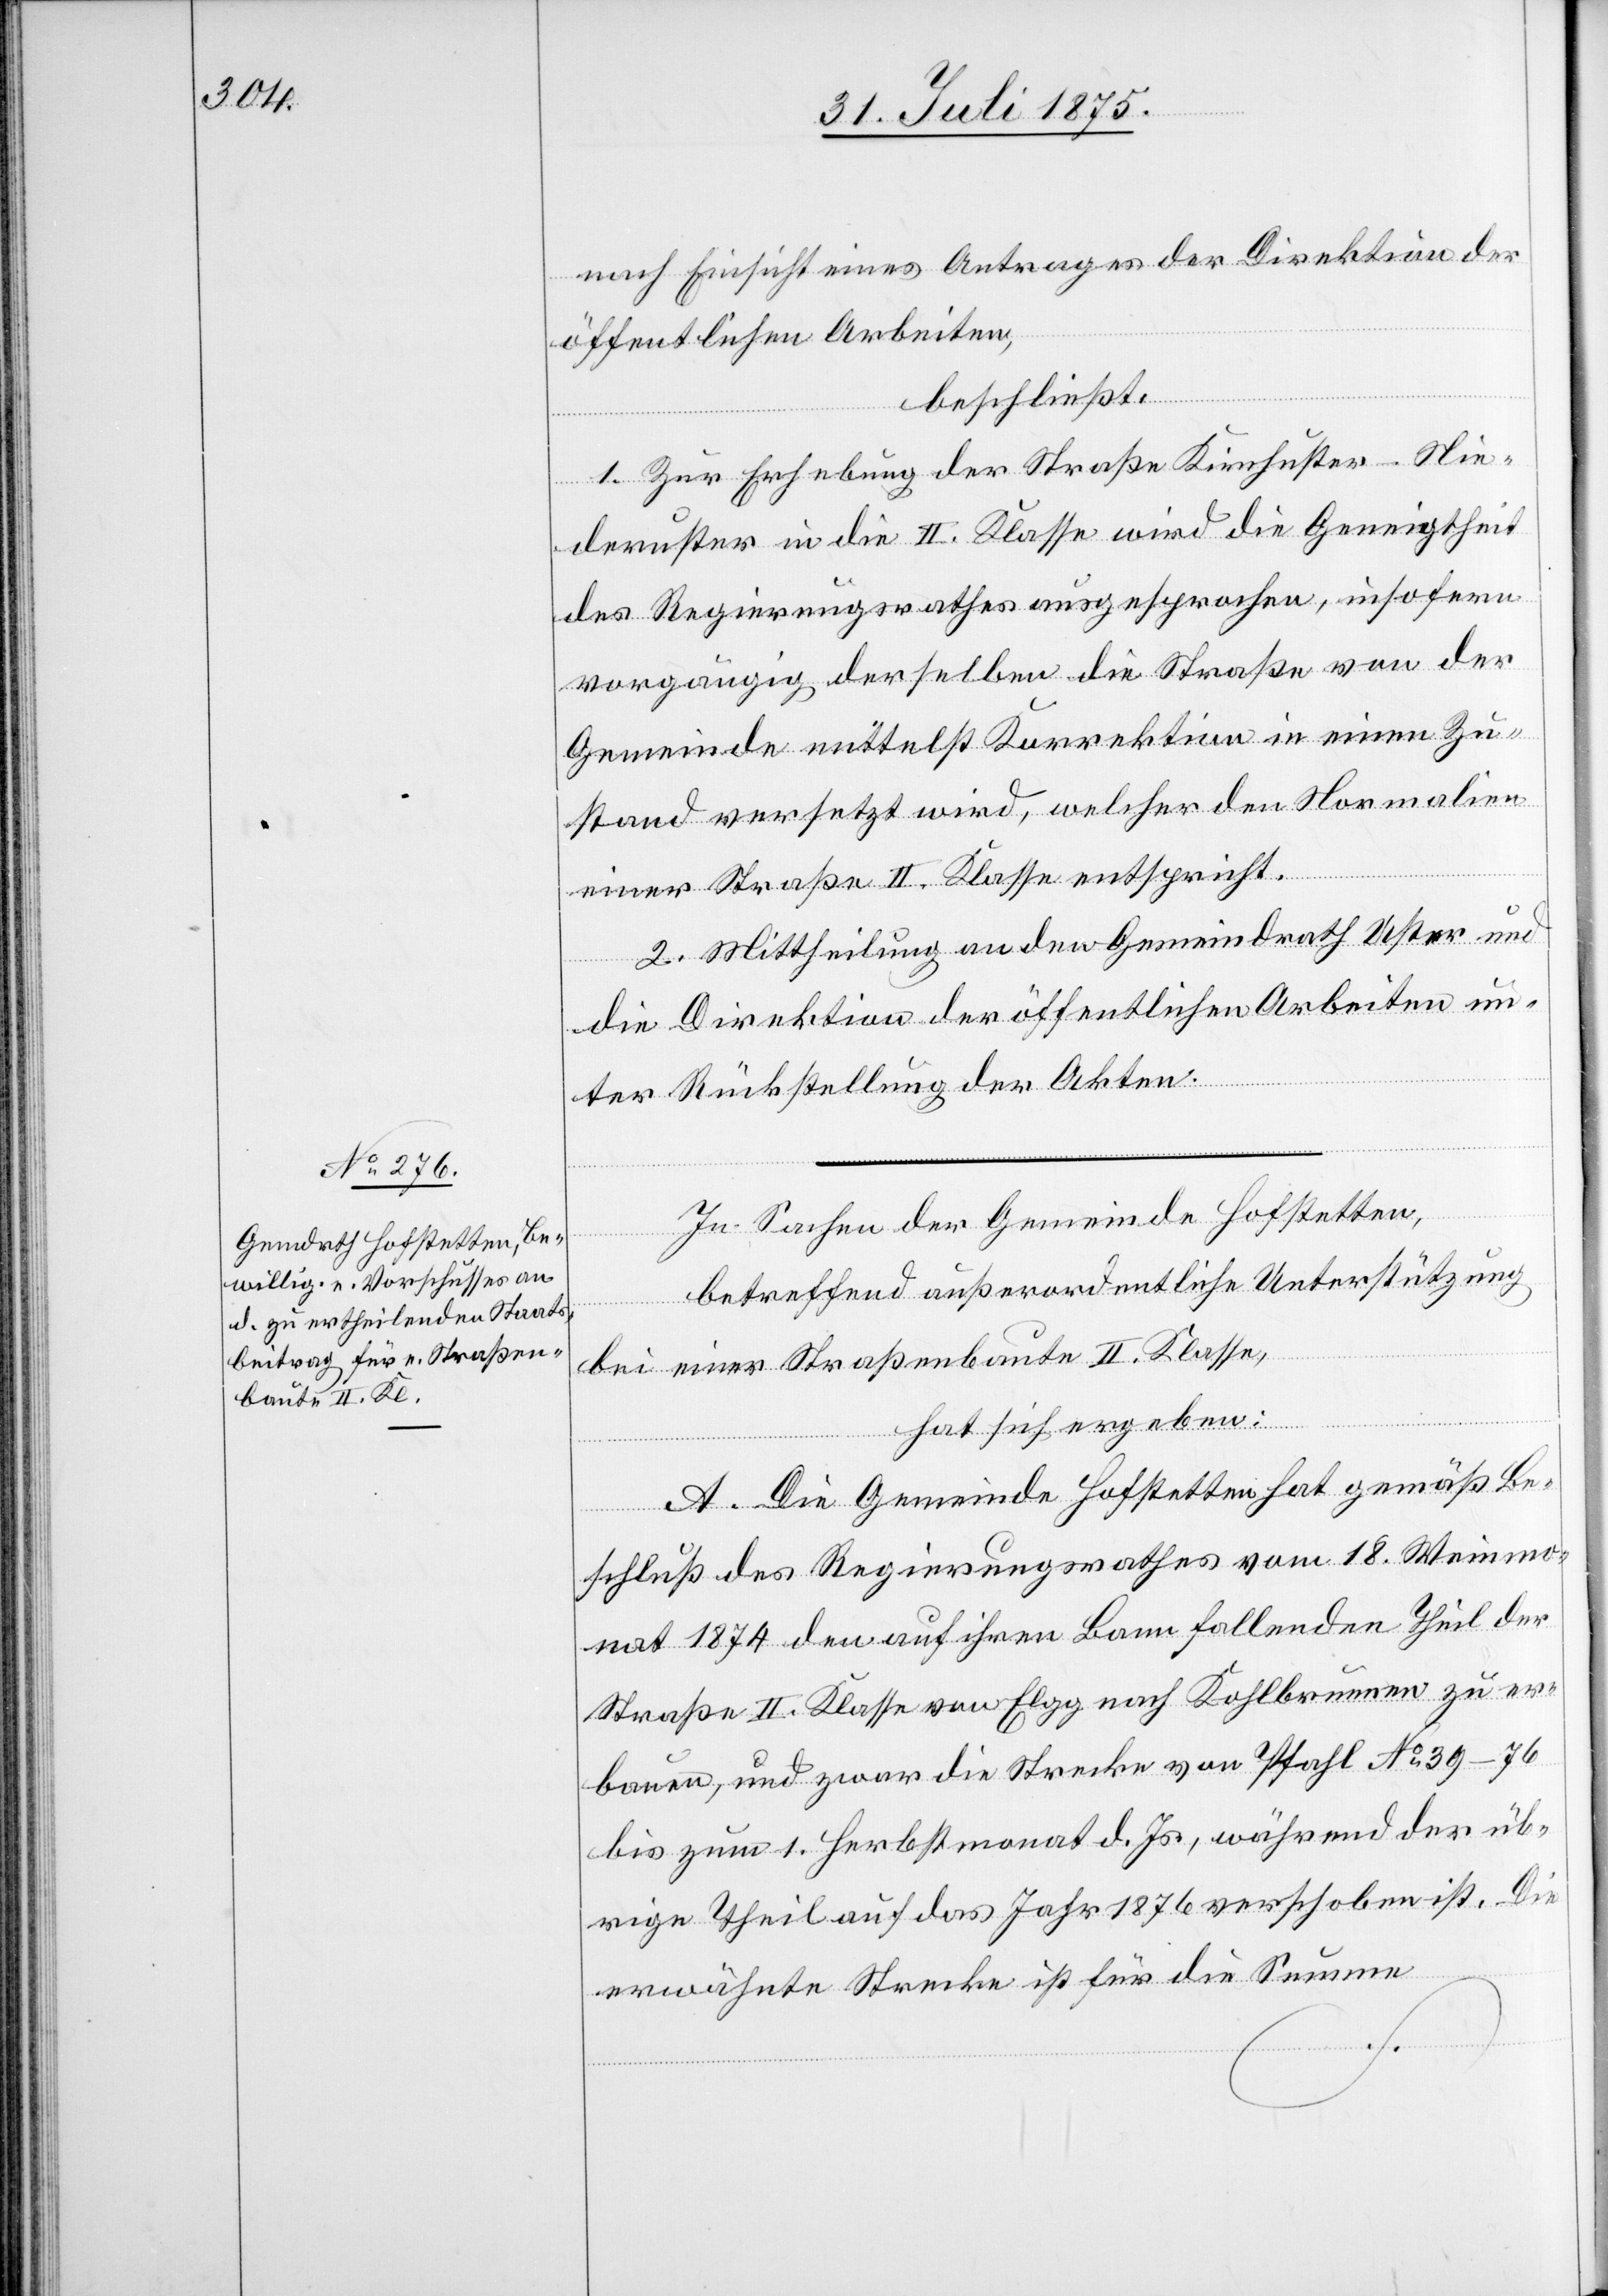
nach Einsicht eines Antrages der Direktion der
öffentlichen Arbeiten,
beschließt:
1. Zur Erhebung der Straße Kirchuster–Nie¬
deruster in die II. Klasse wird die Geneigtheit
des Regierungsrathes ausgesprochen, insofern
vorgängig derselben die Straße von der
Gemeinde mittelst Korrektion in einen Zu¬
stand versetzt wird, welcher den Normalien
einer Straße II. Klasse entspricht.
2. Mittheilung an den Gemeindrath Uster und
die Direktion der öffentlichen Arbeiten un¬
ter Rückstellung der Akten.
In Sachen der Gemeinde Hofstetten,
betreffend außerordentliche Unterstützung
bei einer Straßenbaute II. Klasse,
hat sich ergeben:
A. Die Gemeinde Hofstetten hat gemäß Be¬
schluß des Regierungsrathes vom 18. Weinmo¬
nat 1874 den auf ihren Bann fallenden Theil der
Straße II. Klasse von Elgg nach Kohlbrunnen zu er¬
bauen, und zwar die Strecke von Pfahl No 39–76
bis zum 1. Herbstmonat d. Js., während der üb¬
rige Theil auf das Jahr 1876 verschoben ist. Die
erwähnte Strecke ist für die Summe